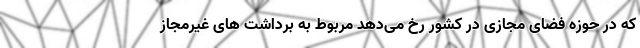
که در حوزه فضای مجازی در کشور رخ می‌دهد مربوط به برداشت های غیرمجاز